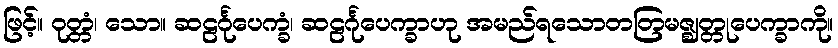
ဖြင့်။ ဝုတ္တံ၊ သော။ ဆဠင်္ဂုပေက္ခံ၊ ဆဠင်္ဂုပေက္ခာဟု အမည်ရသောတတြမဇ္ဈတ္တုပေက္ခာကို။